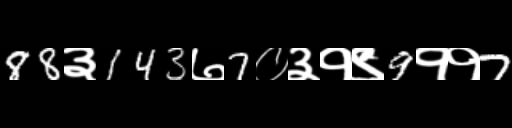
Text: 88३143७7०३१९9११7